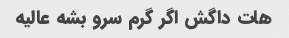
هات داگش اگر گرم سرو بشه عالیه